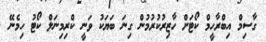
ގާސިމް އިބްރާހީމް ކޯޓަށް ހާޒިރުކުރުމުން ގިނަ ބަޔަކު ވަނީ ކްރިމިނަލް ކޯޓު ހިމެނޭ